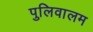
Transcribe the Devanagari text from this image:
पुलिवालम